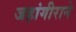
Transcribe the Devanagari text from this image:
जहांगीराने